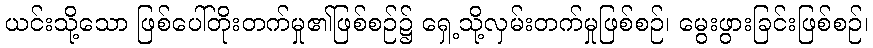
ယင်းသို့သော ဖြစ်ပေါ်တိုးတက်မှု၏ဖြစ်စဉ်၌ ရှေ့သို့လှမ်းတက်မှုဖြစ်စဉ်၊ မွေးဖွားခြင်းဖြစ်စဉ်၊